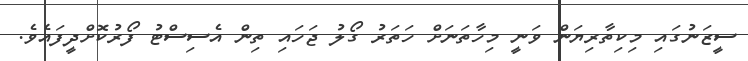
ސީޒަނުގައި މިކިތާރިޔަން ވަނީ މިހާތަނަށް ހަތަރު ގޯލު ޖަހައި ތިން އެސިސްޓު ފޯރުކޮށްދީފައެވެ.